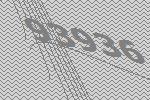
93936